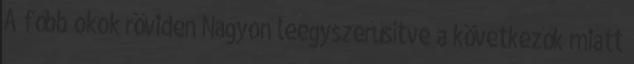
A főbb okok röviden Nagyon leegyszerűsítve a következők miatt